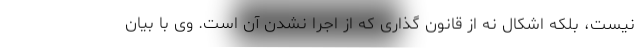
نیست، بلکه اشکال نه از قانون گذاری که از اجرا نشدن آن است. وی با بیان